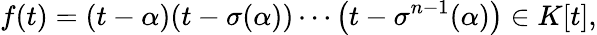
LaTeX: f(t)=(t-\alpha)(t-\sigma(\alpha))\cdots\left(t-\sigma^{n-1}(\alpha)\right)\in K[t],